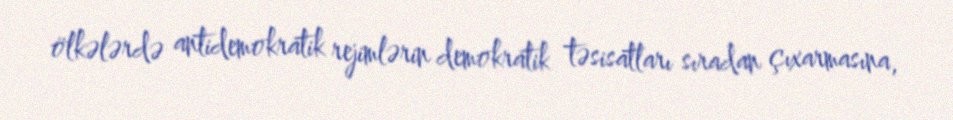
ölkələrdə antidemokratik rejimlərin demokratik təsisatları sıradan çıxarmasına,